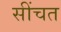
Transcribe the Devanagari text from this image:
सींचत